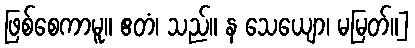
ဖြစ်စေကာမူ။ ဧတံ၊ သည်။ န သေယျော၊ မမြတ်။]